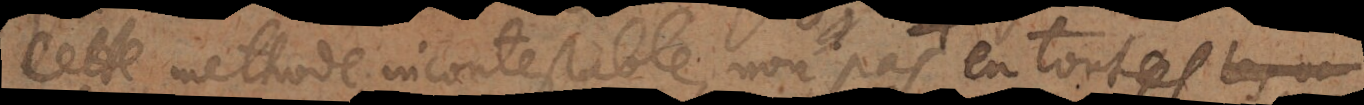
cette methode incontestable, non pas en toutes